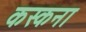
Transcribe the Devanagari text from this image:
कस्कना